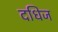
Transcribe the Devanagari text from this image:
दधिज